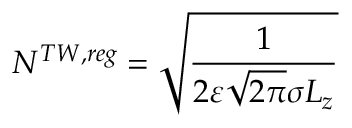
N ^ { T W , r e g } = \sqrt { \frac { 1 } { 2 \varepsilon \sqrt { 2 \pi } \sigma L _ { z } } }